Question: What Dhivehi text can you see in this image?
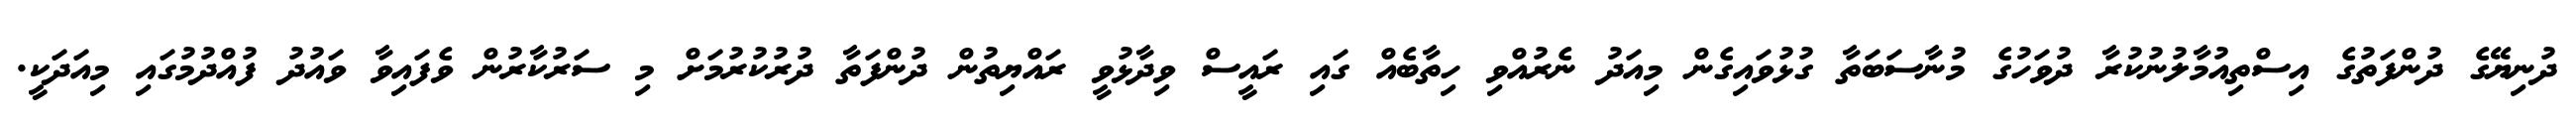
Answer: ދުނިޔޭގެ ދުންފަތުގެ އިސްތިއުމާލުނުކުރާ ދުވަހުގެ މުނާސަބަތާ ގުޅުވައިގެން މިއަދު ނެރުއްވި ހިތާބެއް ގައި ރައީސް ވިދާޅުވީ ރައްޔިތުން ދުންފަތާ ދުރުކުރުމަށް މި ސަރުކާރުން ވެފައިވާ ވައުދު ފުއްދުމުގައި މިއަދަކީ.